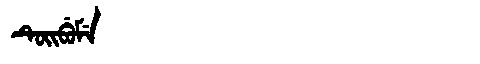
Manchu: ᡨᡠᡳᠪᡠᠮᡝ
Romanization: TUIBUME